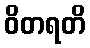
ဝိတရတိ